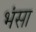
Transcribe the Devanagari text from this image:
भंसा